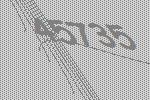
45735